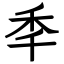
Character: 秊